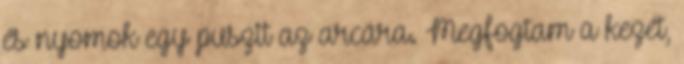
és nyomok egy puszit az arcára. Megfogtam a kezét,